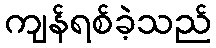
ကျန်ရစ်ခဲ့သည်